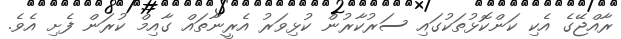
ރާއްޖޭގެ އެކި ކަންކޮޅުތަކުގައި ސަރުކާރުން ކުޅިވަރު އެރީނާތައް ގާއިމް ކުރަން ފެށި އެވެ.